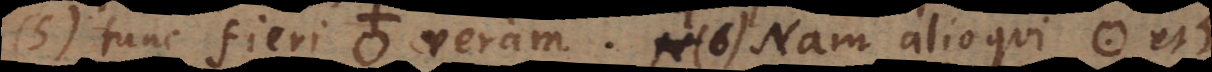
(5) tunc fieri) veram. (6) Nam alioqui * et +